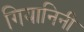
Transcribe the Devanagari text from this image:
गियानिनी